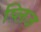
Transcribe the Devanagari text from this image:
प्लिज